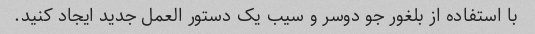
با استفاده از بلغور جو دوسر و سیب یک دستور العمل جدید ایجاد کنید.